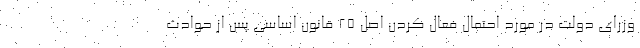
وزرای دولت در مورد احتمال فعال کردن اصل ۲۵ قانون اساسی پس از حوادث